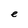
Character: e